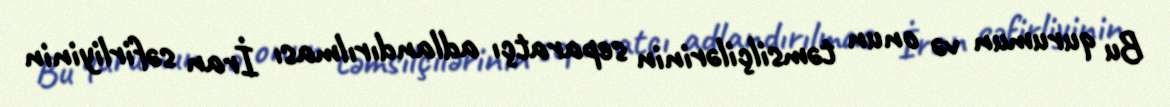
Bu qurumun və onun təmsilçilərinin separatçı adlandırılması İran səfirliyinin